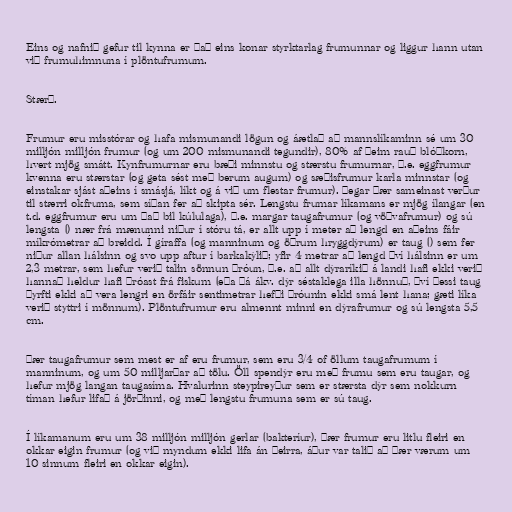
Eins og nafnið gefur til kynna er það eins konar styrktarlag frumunnar og liggur hann utan
við frumuhimnuna í plöntufrumum.

Stærð.

Frumur eru misstórar og hafa mismunandi lögun og áætlað að mannslíkaminn sé um 30
milljón milljón frumur (og um 200 mismunandi tegundir), 80% af þeim rauð blóðkorn,
hvert mjög smátt. Kynfrumurnar eru bæði minnstu og stærstu frumurnar, þ.e. eggfrumur
kvenna eru stærstar (og geta sést með berum augum) og sæðisfrumur karla minnstar (og
einstakar sjást aðeins í smásjá, líkt og á við um flestar frumur). Þegar þær sameinast verður
til stærri okfruma, sem síðan fer að skipta sér. Lengstu frumar líkamans er mjög ílangar (en
t.d. eggfrumur eru um það bil kúlulaga), þ.e. margar taugafrumur (og vöðvafrumur) og sú
lengsta () nær frá mænunni niður í stóru tá, er allt upp í meter að lengd en aðeins fáir
míkrómetrar að breidd. Í gíraffa (og manninum og öðrum hryggdýrum) er taug () sem fer
niður allan hálsinn og svo upp aftur í barkakýlið; yfir 4 metrar að lengd því hálsinn er um
2,3 metrar, sem hefur verið talin sönnun þróun, þ.e. að allt dýraríkið á landi hafi ekki verið
hannað heldur hafi þróast frá fiskum (eða þá ákv. dýr séstaklega illa hönnuð, því þessi taug
þyrfti ekki að vera lengri en örfáir sentimetrar hefði þróunin ekki smá lent hana; gæti líka
verið styttri í mönnum). Plöntufrumur eru almennt minni en dýrafrumur og sú lengsta 5,5
cm.

Þær taugafrumur sem mest er af eru frumur, sem eru 3/4 of öllum taugafrumum í
manninum, og um 50 milljarðar að tölu. Öll spendýr eru með frumu sem eru taugar, og
hefur mjög langan taugasíma. Hvalurinn steypireyður sem er stærsta dýr sem nokkurn
tíman hefur lifað á jörðinni, og með lengstu frumuna sem er sú taug.

Í líkamanum eru um 38 milljón milljón gerlar (bakteríur), þær frumur eru litlu fleiri en
okkar eigin frumur (og við myndum ekki lifa án þeirra, áður var talið að þær værum um
10 sinnum fleiri en okkar eigin).